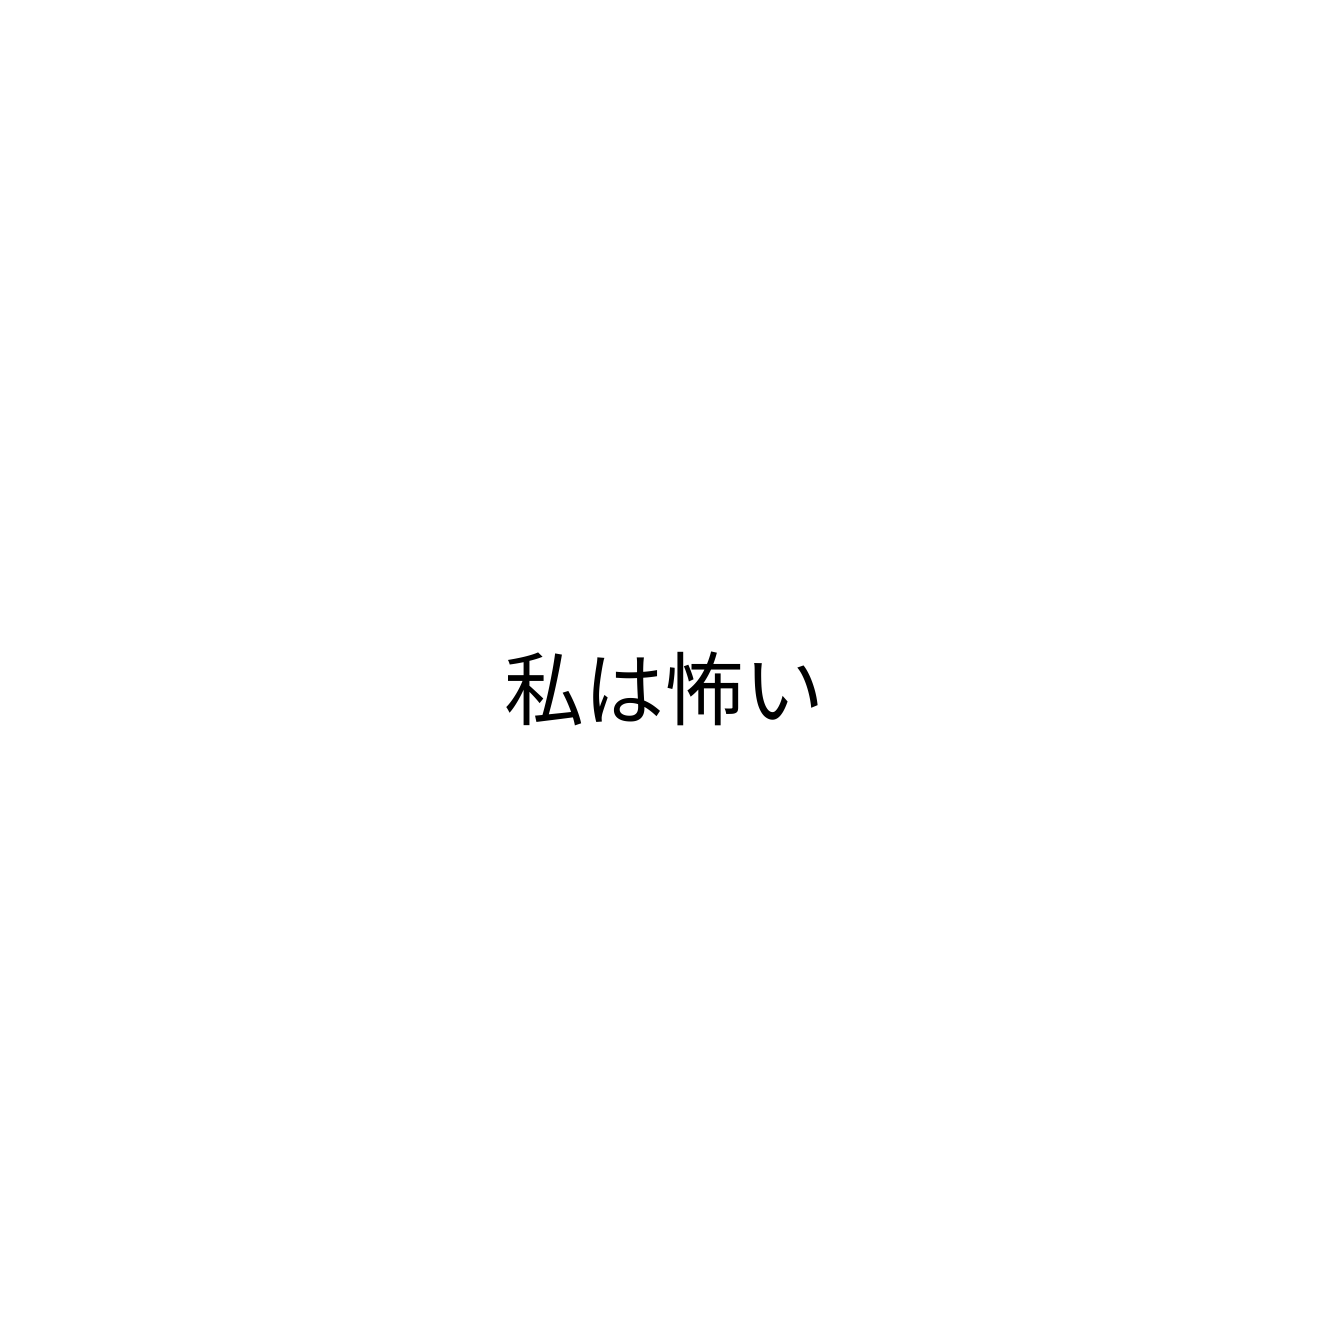
私は怖い